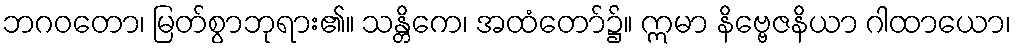
ဘဂဝတော၊ မြတ်စွာဘုရား၏။ သန္တိကေ၊ အထံတော်၌။ ဣမာ နိဗ္ဗေဇနိယာ ဂါထာယော၊